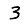
Digit: 3